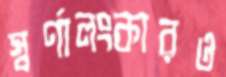
স্বর্ণালংকারও